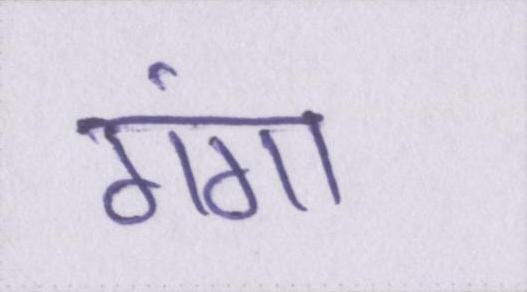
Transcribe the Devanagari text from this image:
गंगा